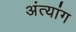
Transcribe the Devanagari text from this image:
अंत्यांग